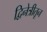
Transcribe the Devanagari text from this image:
द्विनेत्रीतून